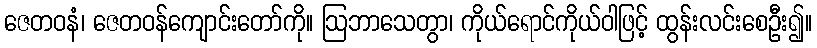
ဇေတဝနံ၊ ဇေတဝန်ကျောင်းတော်ကို။ ဩဘာသေတွာ၊ ကိုယ်ရောင်ကိုယ်ဝါဖြင့် ထွန်းလင်းစေဦး၍။